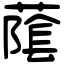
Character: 䕃